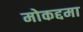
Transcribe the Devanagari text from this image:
मोकद्दमा